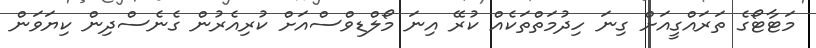
މަޓާޓޯގެ ތަރައްގީއަށް ގިނަ ހިދުމަތްތަކެއް ކުރޭ އިނަ މޯލްޑިވްސްއަށް ކުރިއެރުން ގެނެސްދިން ކިޔަވަން